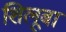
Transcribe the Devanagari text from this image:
शिलूबा